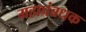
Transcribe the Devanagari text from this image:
महाप्रंबधक